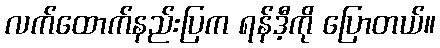
လက်ထောက်နည်းပြက ရန်ဒီ့ကို ပြောတယ်။